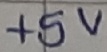
Text: +5V